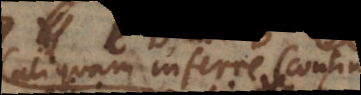
aliquam inferre (continere)